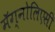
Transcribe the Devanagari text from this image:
मॅग्नोलिएसी